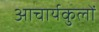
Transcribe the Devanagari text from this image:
आचार्यकुलों